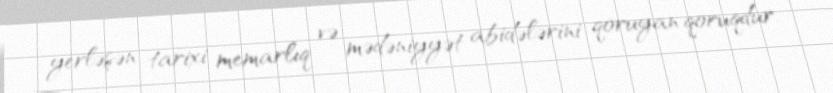
yerləşən tarixi memarlıq və mədəniyyət abidələrini qoruyan qoruqdur.